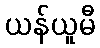
ယန်ယူမီ